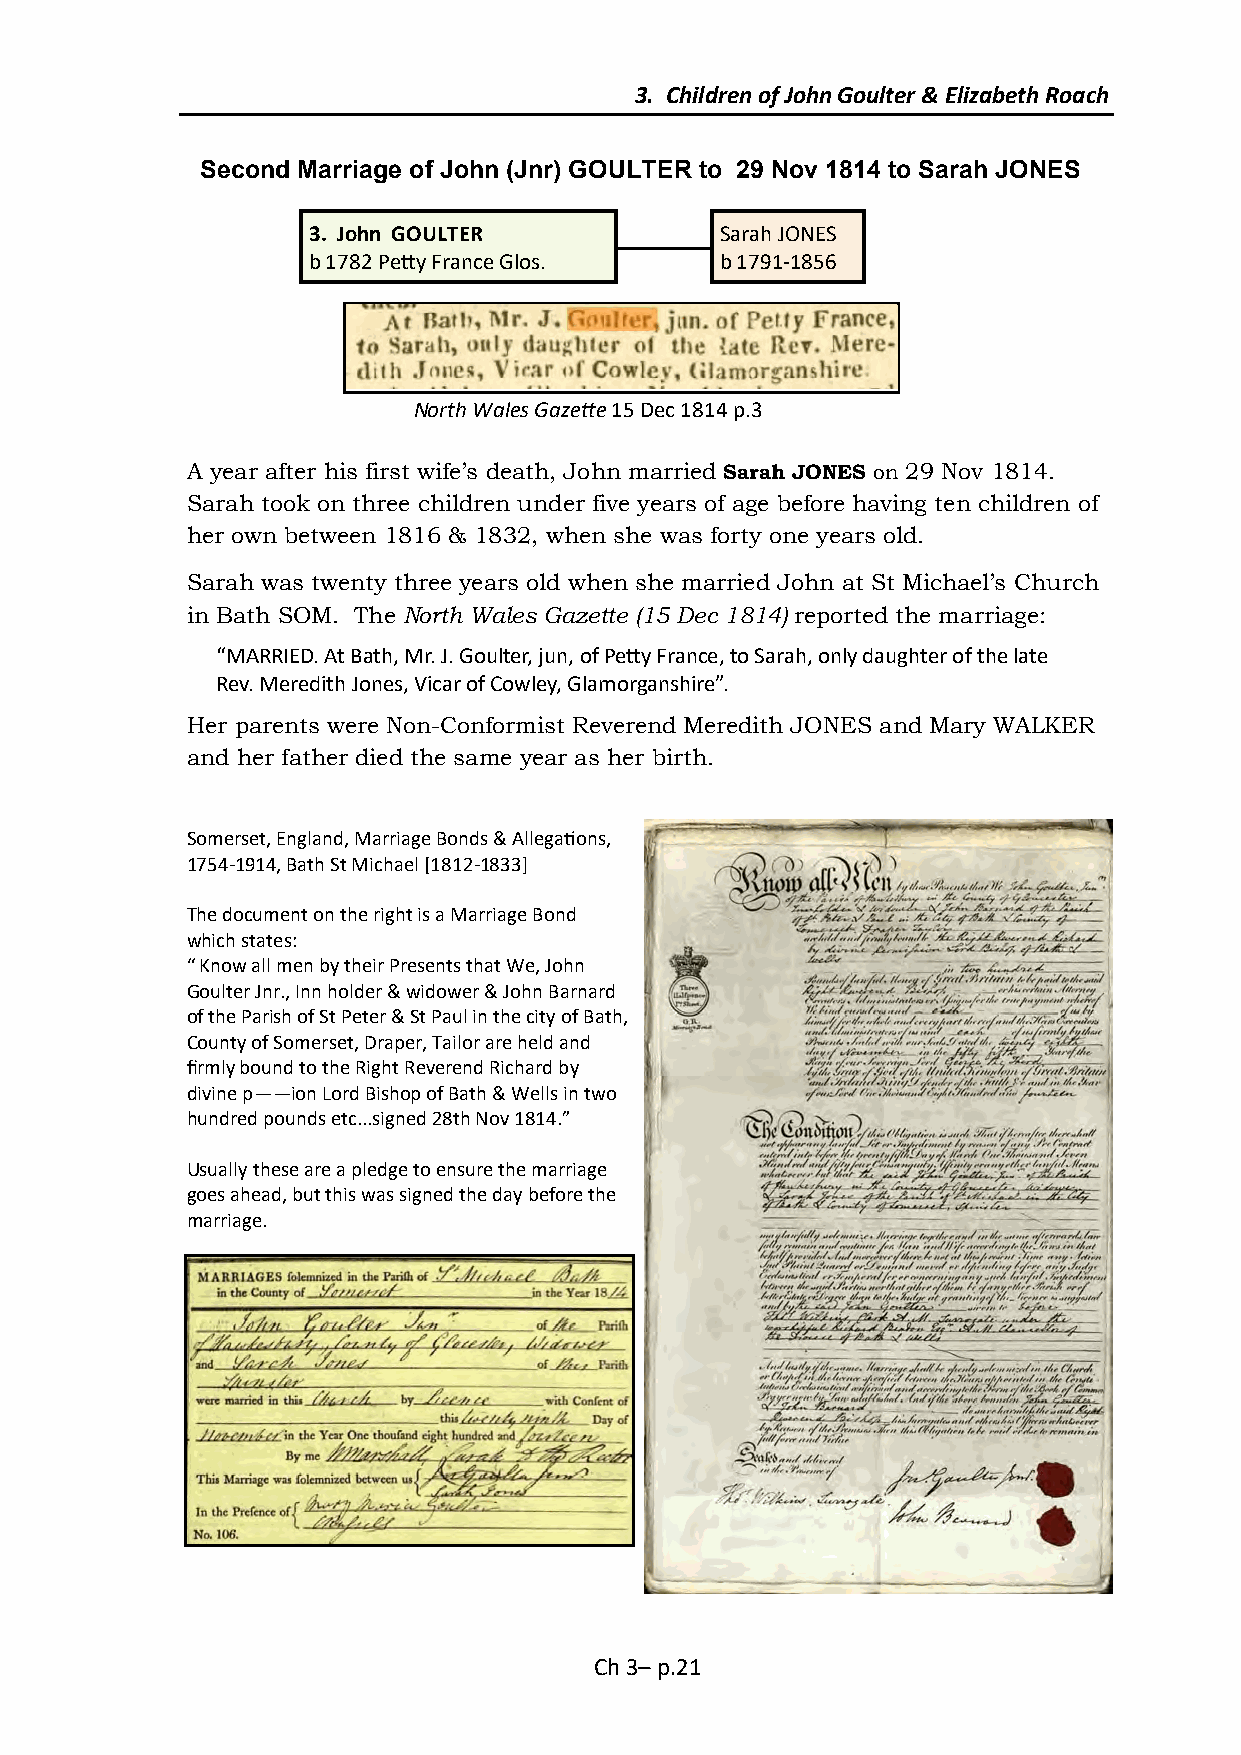
3. Children of John Goulter & Elizabeth Roach
 Second Marriage of John (Jnr) GOULTER to 29 Nov 1814 to Sarah JONES
 3. John GOULTER             Sarah JONES
 b 1782 Petty France Glos.   b 1791-1856
 North Wales Gazette 15 Dec 1814 p.3
 A year after his first wife’s death, John married Sarah JONES on 29 Nov 1814.
 Sarah took on three children under five years of age before having ten children of
 her own between 1816 & 1832, when she was forty one years old.
 Sarah was twenty three years old when she married John at St Michael’s Church
 in Bath SOM. The North Wales Gazette (15 Dec 1814) reported the marriage:
 “MARRIED. At Bath, Mr. J. Goulter, jun, of Petty France, to Sarah, only daughter of the late
 Rev. Meredith Jones, Vicar of Cowley, Glamorganshire”.
 Her parents were Non-Conformist Reverend Meredith JONES and Mary WALKER
 and her father died the same year as her birth.
 Somerset, England, Marriage Bonds & Allegations,
 1754-1914, Bath St Michael [1812-1833]
 The document on the right is a Marriage Bond
 which states:
 “ Know all men by their Presents that We, John
 Goulter Jnr., Inn holder & widower & John Barnard
 of the Parish of St Peter & St Paul in the city of Bath,
 County of Somerset, Draper, Tailor are held and
 firmly bound to the Right Reverend Richard by
 divine p——ion Lord Bishop of Bath & Wells in two
 hundred pounds etc...signed 28th Nov 1814.”
 Usually these are a pledge to ensure the marriage
 goes ahead, but this was signed the day before the
 marriage.
 Ch 3– p.21